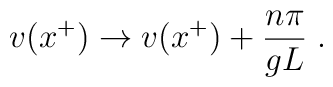
v(x^+) \rightarrow v(x^+) + {{n\pi}\over{gL}}\;.